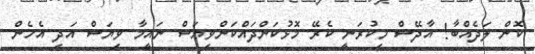
ކޮން ލަދެއްބާ! އާދޭސް މިކުރަނީ ކެރޭ މޮޅުކަންދައްކަންވިޔަސް ނައީމާ ވިޔަސް އަދި އެހެން